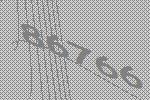
86766